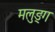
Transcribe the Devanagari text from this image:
मलुङ्ग